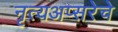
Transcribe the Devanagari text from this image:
नृत्यअप्सरेचे